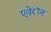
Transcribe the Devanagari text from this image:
एवेरॉन